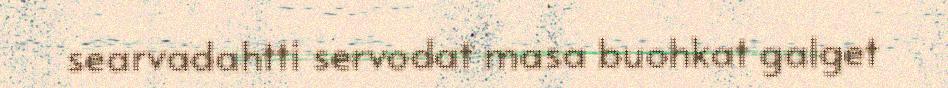
searvadahtti servodat masa buohkat galget